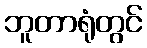
ဘူတာရုံတွင်